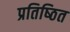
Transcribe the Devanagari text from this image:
प्रतिष्‍ठित